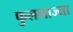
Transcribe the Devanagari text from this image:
फुलभाज्या